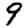
Digit: 9